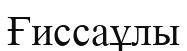
Ғиссаұлы